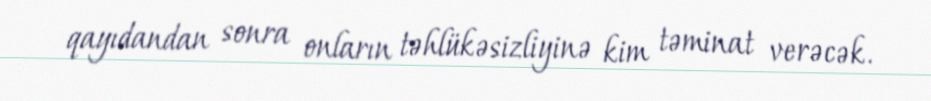
qayıdandan sonra onların təhlükəsizliyinə kim təminat verəcək.